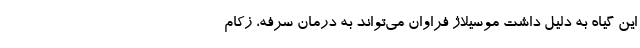
این گیاه به دلیل داشت موسیلاژ فراوان می‌تواند به درمان سرفه، زکام